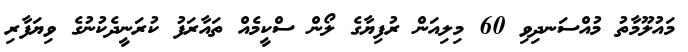
މައުލޫމާތު މުއްސަނދިވި 60 މިލިއަން ރުފިޔާގެ ލޯން ސްކީމެއް ތައާރަފު ކުރަނީދެކުނުގެ ވިޔަފާރި